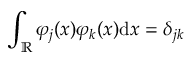
\int _ { \mathbb { R } } \varphi _ { j } ( x ) \varphi _ { k } ( x ) \mathrm { d } x = \delta _ { j k }